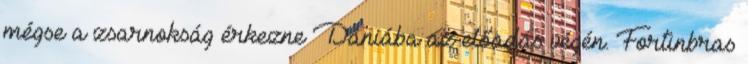
mégse a zsarnokság érkezne Dániába az előadás végén. Fortinbras